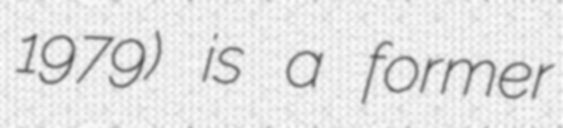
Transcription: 1979) is a former